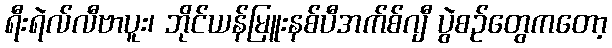
ရီးရဲလ်လီဗာပူး၊ ဘိုင်ယန်မြူးနစ်ပီအက်စ်ဂျီ ပွဲစဉ်တွေကတော့